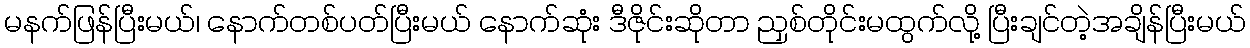
မနက်ဖြန်ပြီးမယ်၊ နောက်တစ်ပတ်ပြီးမယ် နောက်ဆုံး ဒီဇိုင်းဆိုတာ ညှစ်တိုင်းမထွက်လို့ ပြီးချင်တဲ့အချိန်ပြီးမယ်